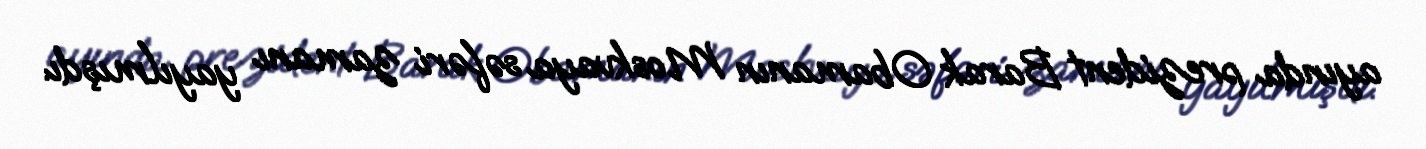
ayında prezident Barak Obamanın Moskvaya səfəri zamanı yayılmışdı.